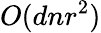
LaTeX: O(dnr^{2})